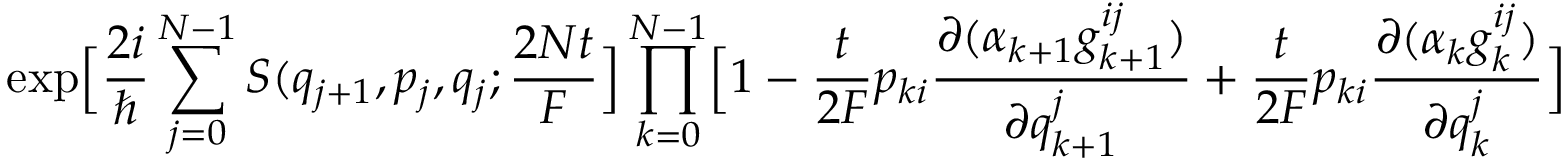
\exp \Bigl [ \frac { 2 i } { \hbar } \sum _ { j = 0 } ^ { N - 1 } S ( q _ { j + 1 } , p _ { j } , q _ { j } ; \frac { 2 N t } { F } \Bigr ] \prod _ { k = 0 } ^ { N - 1 } \Bigl [ 1 - \frac { t } { 2 F } p _ { k i } \frac { \partial ( \alpha _ { k + 1 } g _ { k + 1 } ^ { i j } ) } { \partial q _ { k + 1 } ^ { j } } + \frac { t } { 2 F } p _ { k i } \frac { \partial ( \alpha _ { k } g _ { k } ^ { i j } ) } { \partial q _ { k } ^ { j } } \Bigr ] \nonumber \,